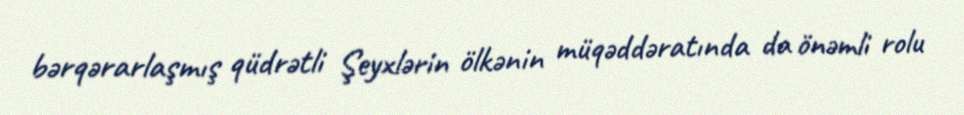
bərqərarlaşmış qüdrətli Şeyxlərin ölkənin müqəddəratında da önəmli rolu